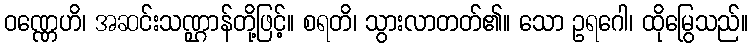
ဝဏ္ဏေဟိ၊ အဆင်းသဏ္ဌာန်တို့ဖြင့်။ စရတိ၊ သွားလာတတ်၏။ သော ဥရဂေါ၊ ထိုမြွေသည်။